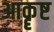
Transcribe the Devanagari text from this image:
आकॄष्ट